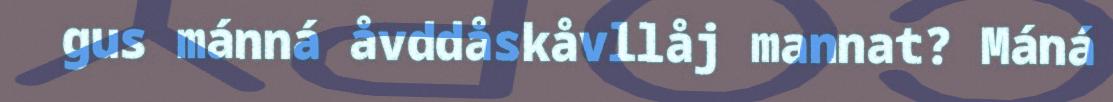
gus mánná åvddåskåvllåj mannat? Máná